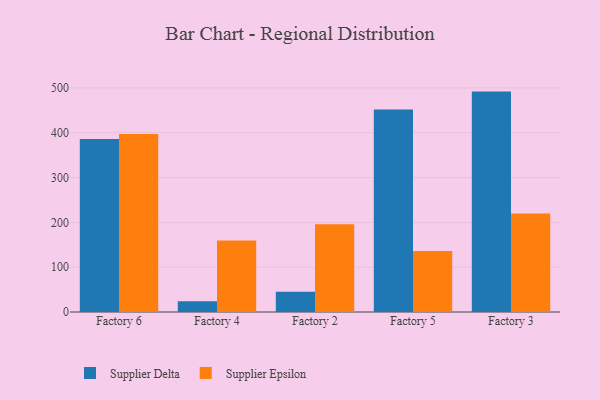
{"axis": {"x": "Factory", "y": "Churn Rate (%)"}, "legend": ["Supplier Delta", "Supplier Epsilon"], "data": [{"x": "Factory 6", "y": 385.9, "type": "Supplier Delta"}, {"x": "Factory 6", "y": 397.1, "type": "Supplier Epsilon"}, {"x": "Factory 4", "y": 23.8, "type": "Supplier Delta"}, {"x": "Factory 4", "y": 159.8, "type": "Supplier Epsilon"}, {"x": "Factory 2", "y": 45.1, "type": "Supplier Delta"}, {"x": "Factory 2", "y": 195.9, "type": "Supplier Epsilon"}, {"x": "Factory 5", "y": 451.7, "type": "Supplier Delta"}, {"x": "Factory 5", "y": 136.3, "type": "Supplier Epsilon"}, {"x": "Factory 3", "y": 491.9, "type": "Supplier Delta"}, {"x": "Factory 3", "y": 220.1, "type": "Supplier Epsilon"}]}